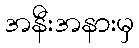
အနီးအနားမှ